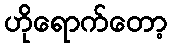
ဟိုရောက်တော့